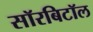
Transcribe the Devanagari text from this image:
सॉरबिटॉल